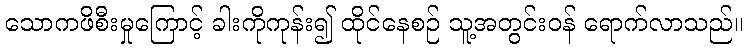
သောကဖိစီးမှုကြောင့် ခါးကိုကုန်း၍ ထိုင်နေစဉ် သူ့အတွင်းဝန် ရောက်လာသည်။